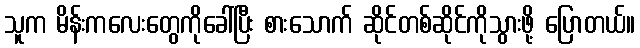
သူက မိန်းကလေးတွေကိုခေါ်ပြီး စားသောက် ဆိုင်တစ်ဆိုင်ကိုသွားဖို့ ပြောတယ်။